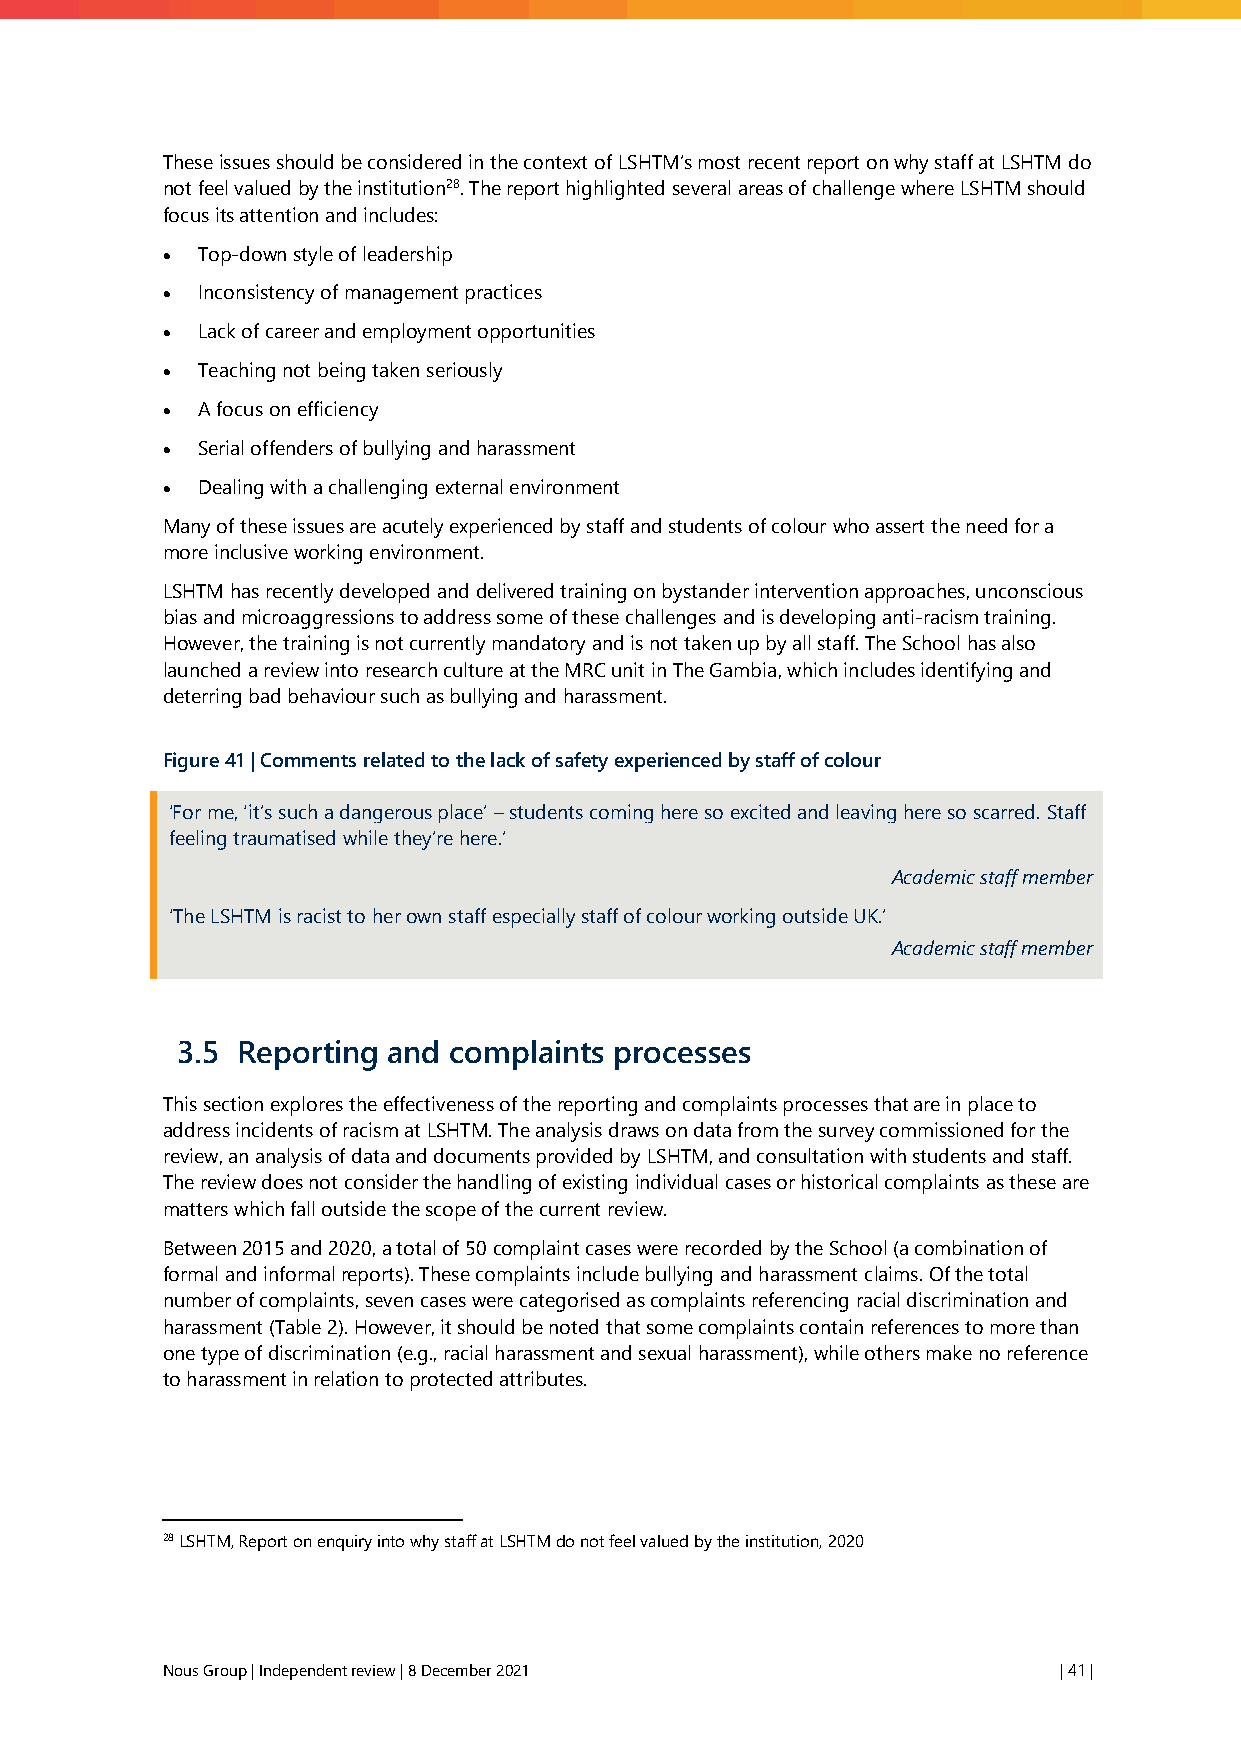
These issues should be considered in the context of LSHTM’s most recent report on why staff at LSHTM do
 not feel valued by the institution28. The report highlighted several areas of challenge where LSHTM should
 focus its attention and includes:
 • Top-down style of leadership
 • Inconsistency of management practices
 • Lack of career and employment opportunities
 • Teaching not being taken seriously
 • A focus on efficiency
 • Serial offenders of bullying and harassment
 • Dealing with a challenging external environment
 Many of these issues are acutely experienced by staff and students of colour who assert the need for a
 more inclusive working environment.
 LSHTM has recently developed and delivered training on bystander intervention approaches, unconscious
 bias and microaggressions to address some of these challenges and is developing anti-racism training.
 However, the training is not currently mandatory and is not taken up by all staff. The School has also
 launched a review into research culture at the MRC unit in The Gambia, which includes identifying and
 deterring bad behaviour such as bullying and harassment.
 Figure 41 | Comments related to the lack of safety experienced by staff of colour
 ‘For me, ‘it’s such a dangerous place’ – students coming here so excited and leaving here so scarred. Staff
 feeling traumatised while they’re here.’
 Academic staff member
 ‘The LSHTM is racist to her own staff especially staff of colour working outside UK.’
 Academic staff member
 3.5 Reporting and complaints processes
 This section explores the effectiveness of the reporting and complaints processes that are in place to
 address incidents of racism at LSHTM. The analysis draws on data from the survey commissioned for the
 review, an analysis of data and documents provided by LSHTM, and consultation with students and staff.
 The review does not consider the handling of existing individual cases or historical complaints as these are
 matters which fall outside the scope of the current review.
 Between 2015 and 2020, a total of 50 complaint cases were recorded by the School (a combination of
 formal and informal reports). These complaints include bullying and harassment claims. Of the total
 number of complaints, seven cases were categorised as complaints referencing racial discrimination and
 harassment (Table 2). However, it should be noted that some complaints contain references to more than
 one type of discrimination (e.g., racial harassment and sexual harassment), while others make no reference
 to harassment in relation to protected attributes.
 28 LSHTM, Report on enquiry into why staff at LSHTM do not feel valued by the institution, 2020
 Nous Group | Independent review | 8 December 2021          | 41 |